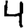
Digit: 4